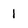
Character: 1